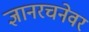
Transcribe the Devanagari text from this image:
ज्ञानरचनेवर